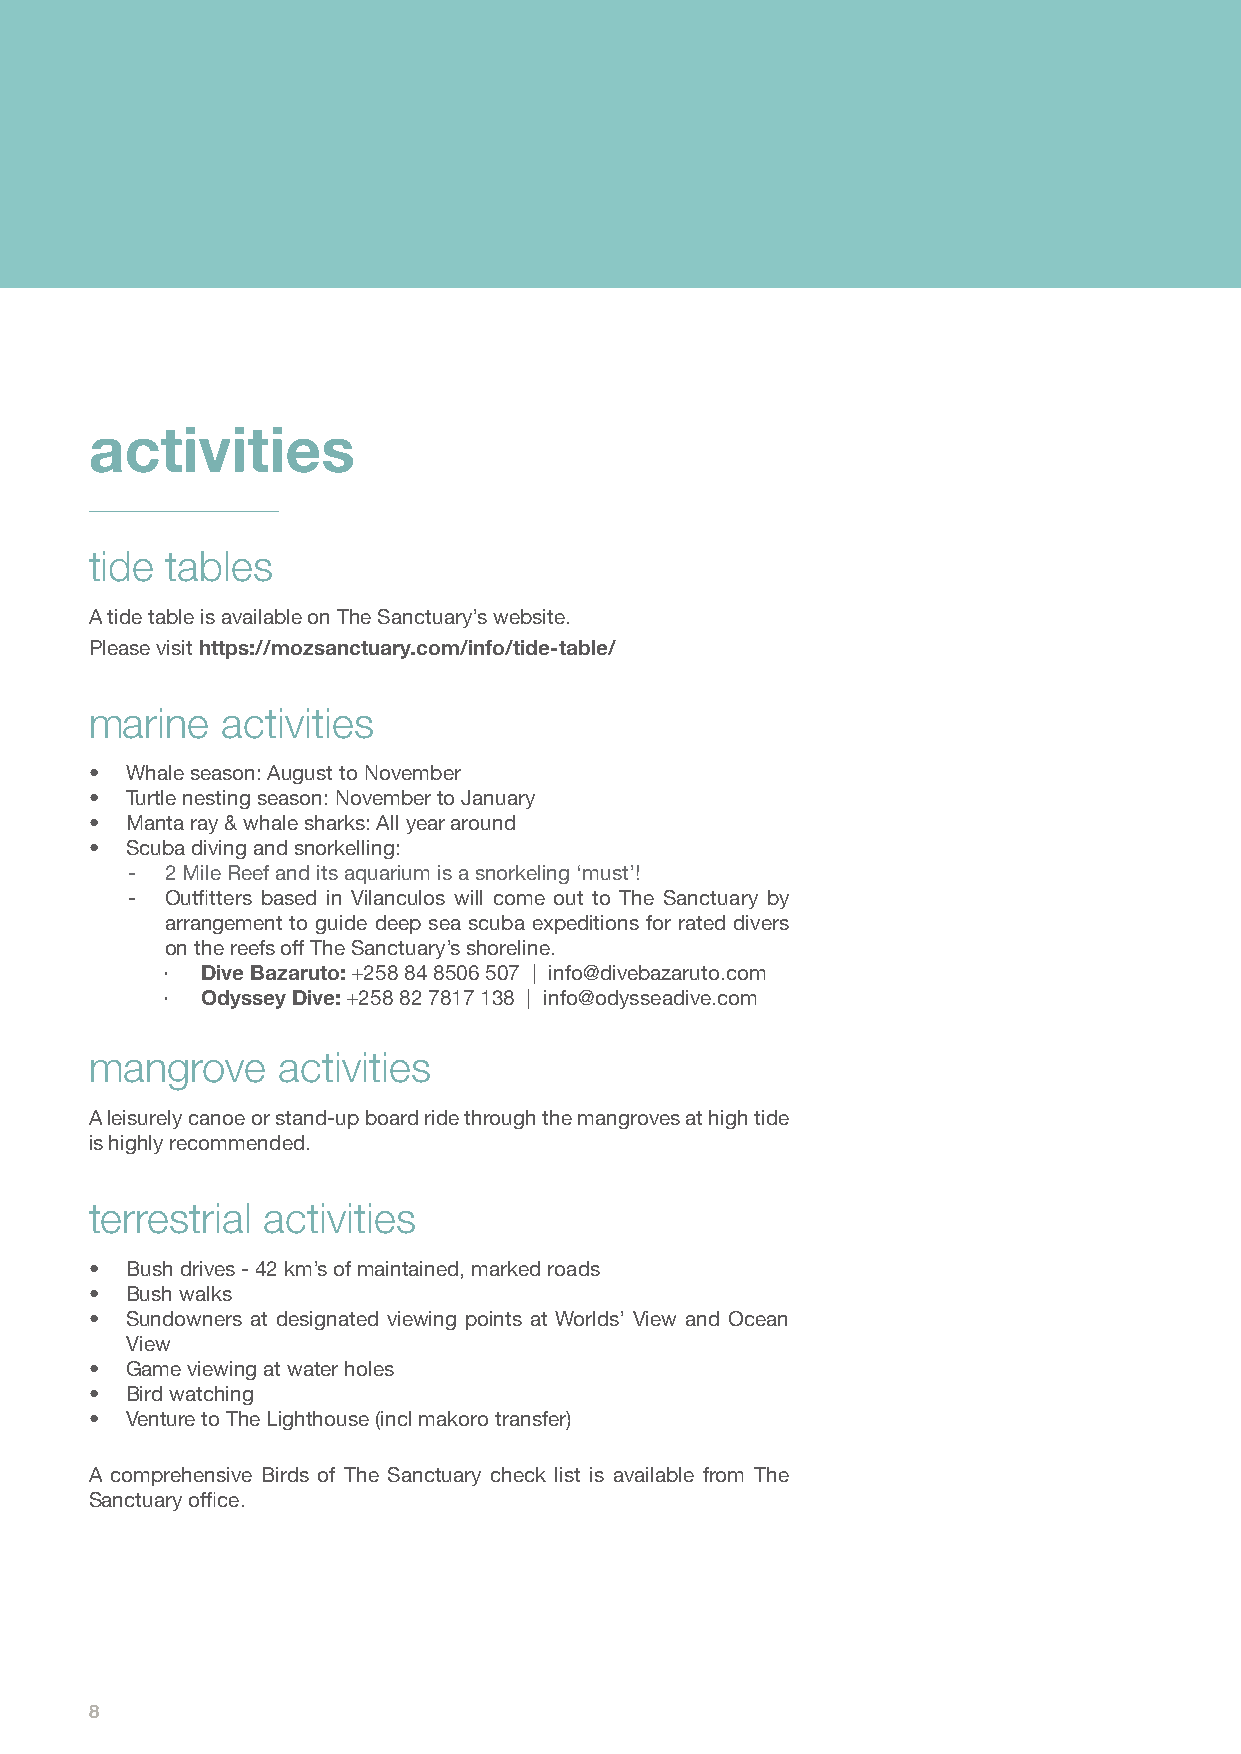
activities
 tide tables
 A tide table is available on The Sanctuary’s website.
 Please visit https://mozsanctuary.com/info/tide-table/
 marine   activities
 • Whale season: August to November
 • Turtle nesting season: November to January
 • Manta ray & whale sharks: All year around
 • Scuba diving and snorkelling:
 -  2 Mile Reef and its aquarium is a snorkeling ‘must’!
 -  Outfitters based in Vilanculos will come out to The Sanctuary by
 arrangement to guide deep sea scuba expeditions for rated divers
 on the reefs off The Sanctuary’s shoreline.
 · Dive Bazaruto: +258 84 8506 507 | info@divebazaruto.com
 · Odyssey Dive: +258 82 7817 138 | info@odysseadive.com
 mangrove    activities
 A leisurely canoe or stand-up board ride through the mangroves at high tide
 is highly recommended.
 terrestrial activities
 • Bush drives - 42 km’s of maintained, marked roads
 • Bush walks
 • Sundowners at designated viewing points at Worlds’ View and Ocean
 View
 • Game viewing at water holes
 • Bird watching
 • Venture to The Lighthouse (incl makoro transfer)
 A comprehensive Birds of The Sanctuary check list is available from The
 Sanctuary office.
 8